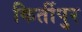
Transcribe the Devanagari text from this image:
किर्तीपुर